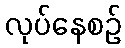
လုပ်နေစဉ်